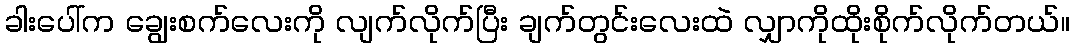
ခါးပေါ်က ချွေးစက်လေးကို လျက်လိုက်ပြီး ချက်တွင်းလေးထဲ လျှာကိုထိုးစိုက်လိုက်တယ်။